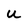
Character: u